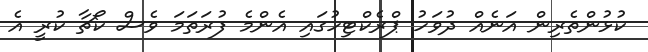
ކުޅުންތެރިން އަނެއް ދުވަހު ޕްރެކްޓިހުގައި އެންމެ ފުރަތަމަ ވެސް ކޯޗާ ކުރީ އެ